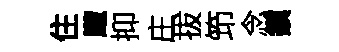
住颼抑庄拔笻念鎭